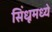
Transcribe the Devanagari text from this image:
सिंधूमध्ये